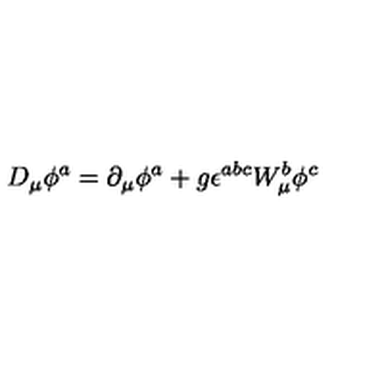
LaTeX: D _ { \mu } \phi ^ { a } = \partial _ { \mu } \phi ^ { a } + g \epsilon ^ { a b c } W _ { \mu } ^ { b } \phi ^ { c }